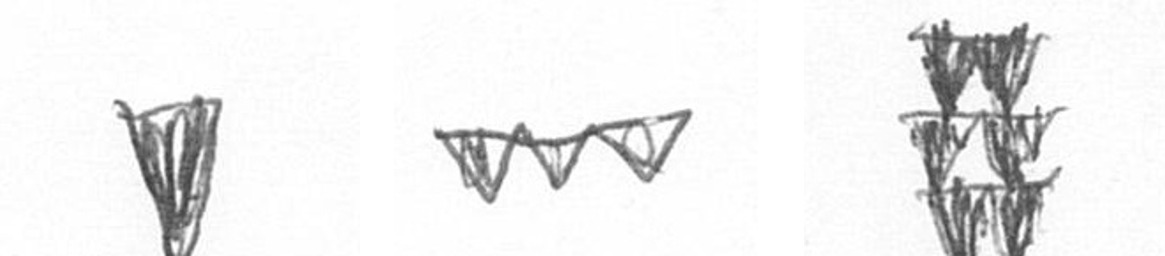
J L Y